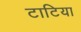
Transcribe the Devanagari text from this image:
टाटिया